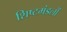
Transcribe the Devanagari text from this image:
शिष्टमंडलों